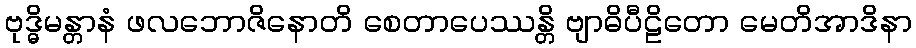
ဗုဒ္ဓိမန္တာနံ ဖလဘောဇိနောတိ စေတာပေဿန္တိ ဗျာဓိပီဠိတော မေတိအာဒိနာ